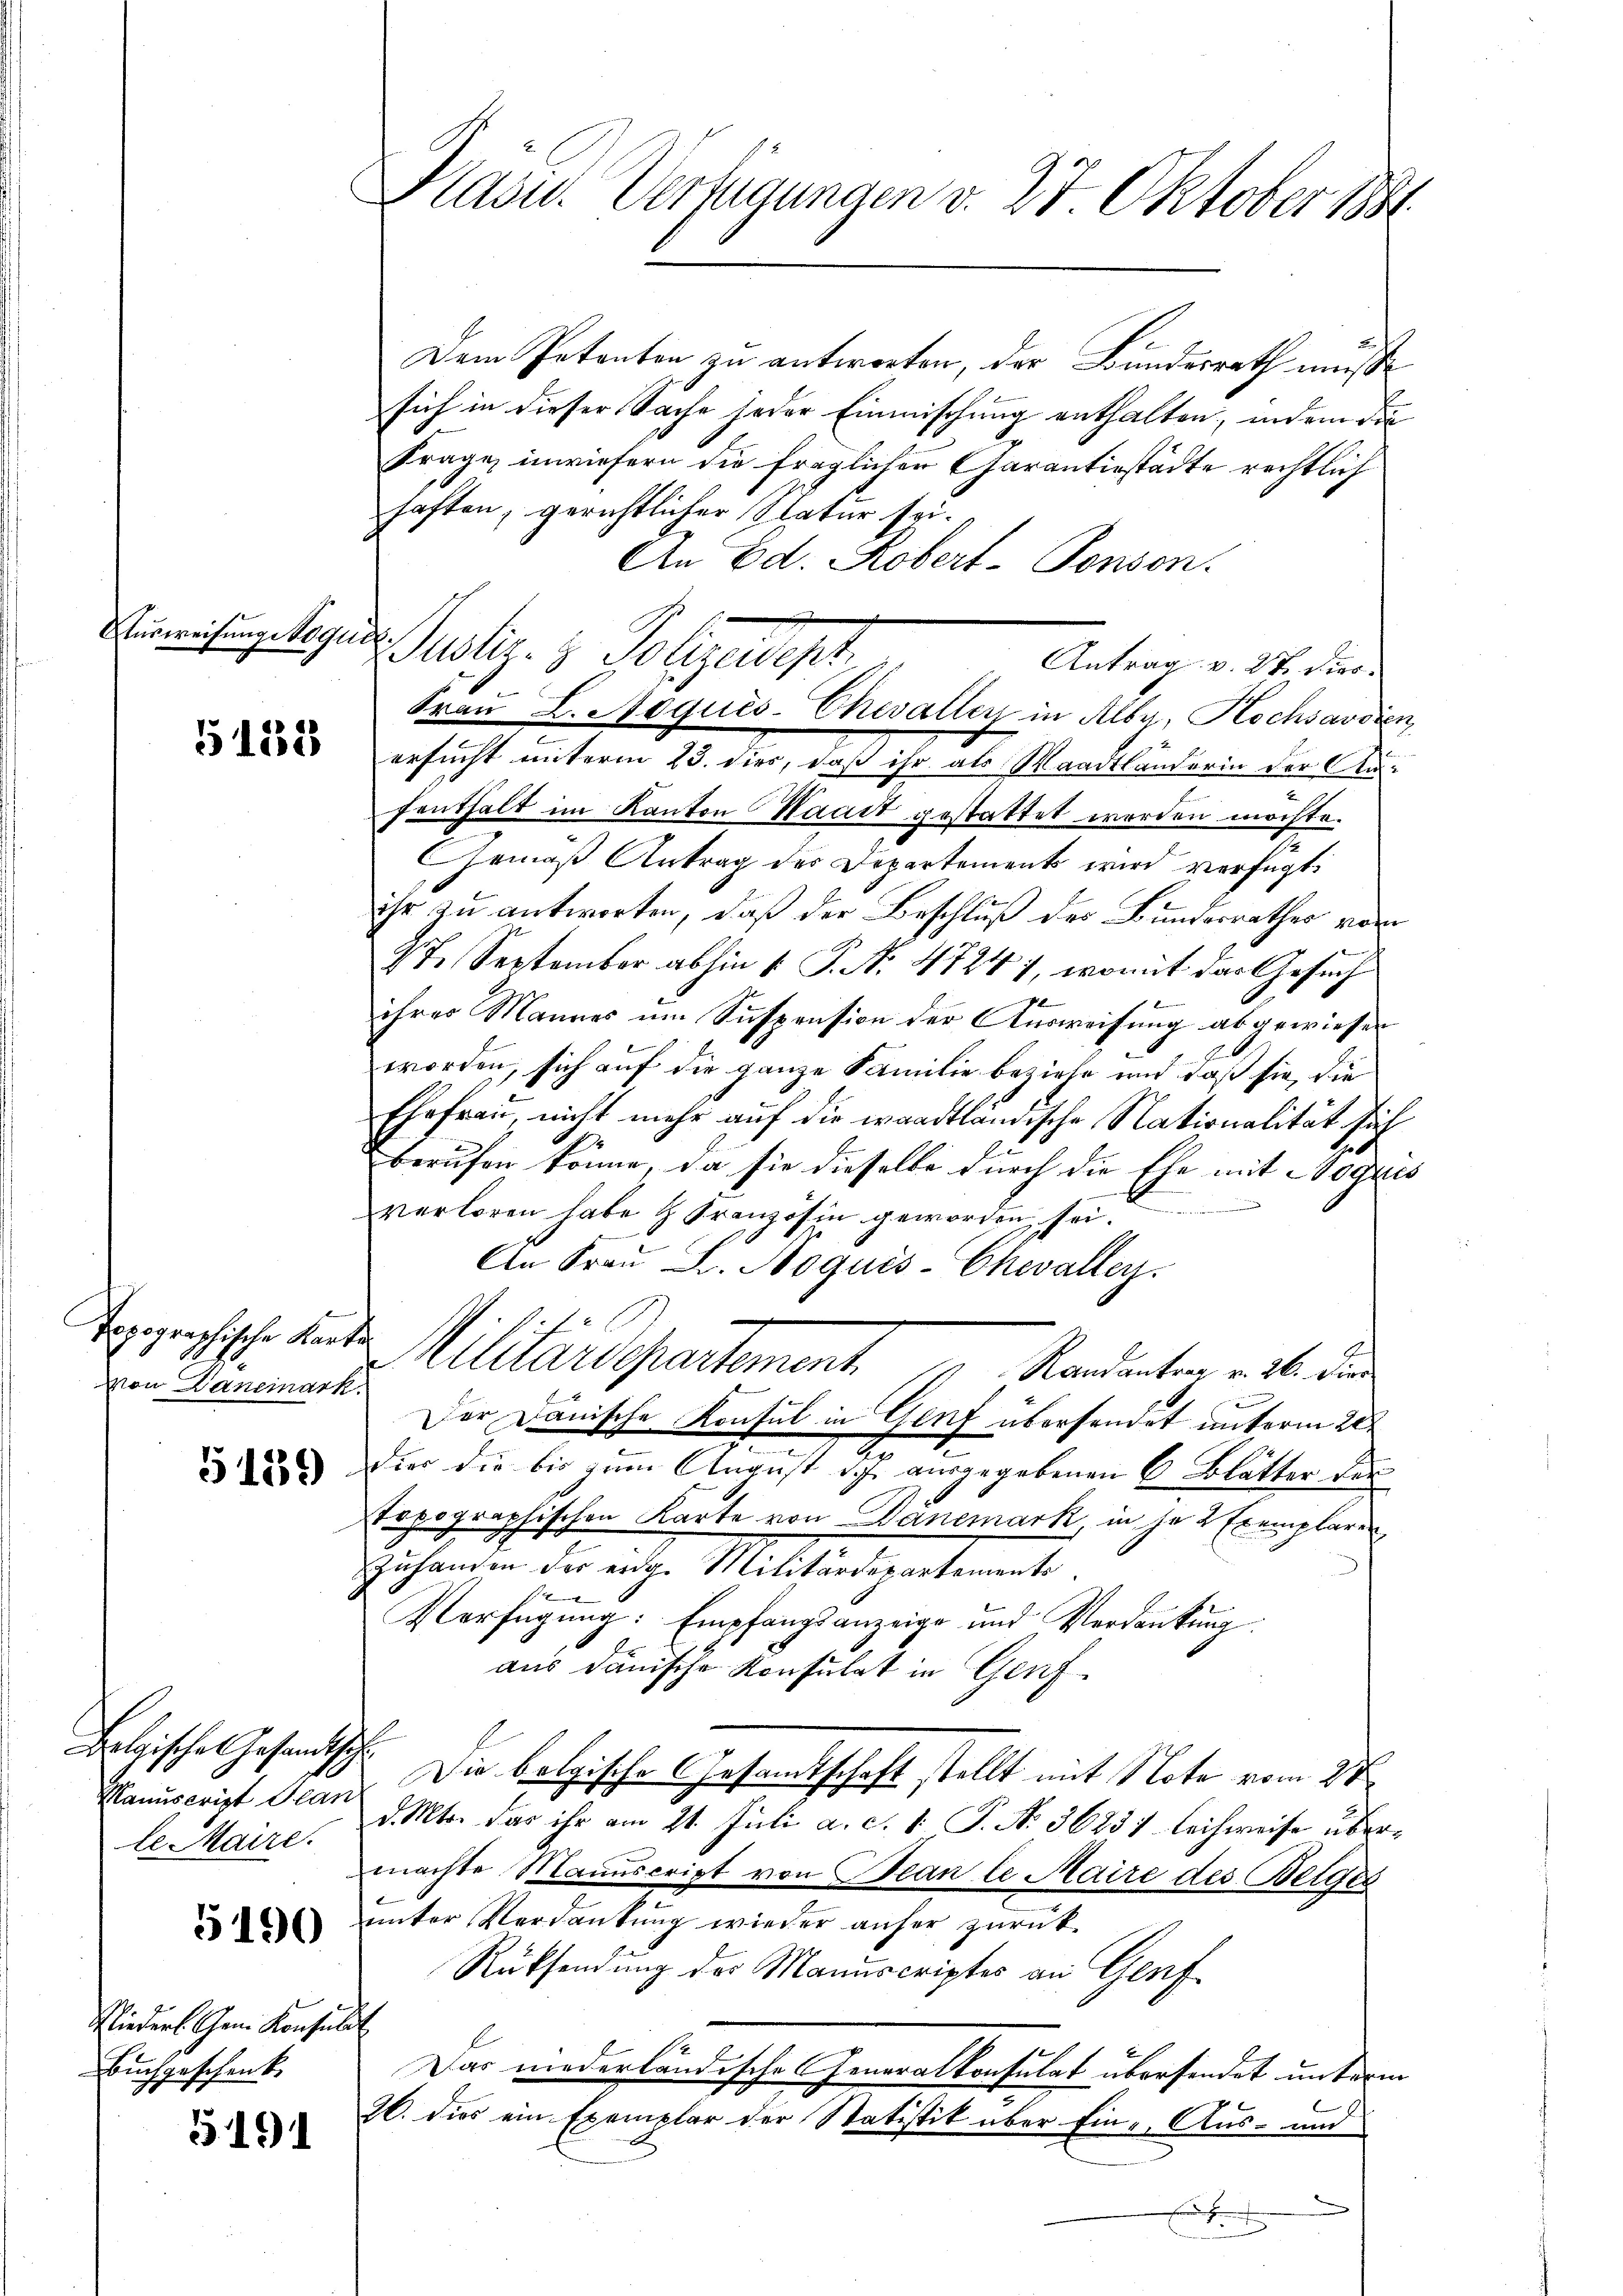
Ausweisung Noqui

51532

Topographische Karte
Von Daneinark

5139

Belgische Gesandtsch
Manuscript Jean
le Maire.

5190

Nieders. Gen. Konsula
Buchgeschenk.

3191

Kasu. Verfügungen v. 27. Oktober 1881.

Dem Petenten zu antworten, der Bundesrath müsse
sich in dieser Sache jeder Einmischung enthalten, indem die
Frage, inwiefern die fraglichen Garantiestädte rechtlich
haften, gerichtlicher Natur sei¬
An Ed. Robert-Ponsen.
¬
ustiz- & Polizeiligt.
Antrag v. 27. dies
ersucht unterm 23. dies, daß ihr als Waadtländerin der Anfenthalt im Kanton Waadt gestattet werden möchte.
Gemäß Antrag der Departements wird verfügt:
ihr zu antworten, daß der Beschluß des Bundesrathes vom
27. September abhin 1. P. N. 47241, womit der Gesuch
8
ihres Mannes um Suspension der Ausweisung abgewiesen
worden, sich auf die ganze Familie beziehe und daß sie, die
Ehefrau, nicht mehr auf die waadtländische Nationalität sich
berufen könne, da sie dieselbe durch die Ele mit Bogaus
verloren habe & Französin geworden sei
An Frau S. Noquis-Chevalley
f 12 x
Militärdepartement.
Randantrag v. 26. Die
Der Dänische Konsul in Genf übersendet unterm 20t
Dies die bis zum August des ausgegebenen 6 Blätter der
topographischen Karte von Danemark in je 2 Exemplaren,
zhanden der eige Mittertigentement.
Verfügung: Empfangsanzeige und Verdankung.
aus dänische Konsulat in Genf
Die belgische Gesamtschaft stellt mit Note vom 27
d. Mts. das ihr am 21. Juli a. c. 1 P. N. 36231 leihweise übermachte Manuscript von Bean le Maire des Beiges
unter Verdankung wieder anher zurück¬
Rücksendung des Manuscriptes an Genf
Das niederländische Generalkonsulat übersendet unterm
26. dies ein Exemplar der Statistik über Eine Aus- und

Frau L. Noqués-Chevaller in Alber, Kochsavdien,